Burma Government Medical School reports 1923-41
Year: 1923
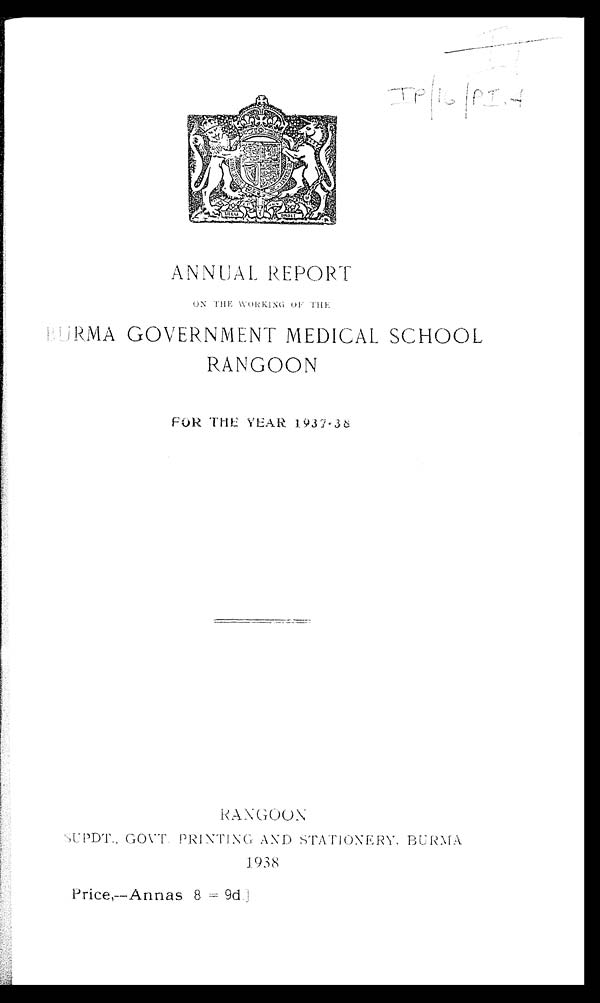
ANNUAL REPORT
ON THE WORKI NG OF THE
BURMA GOVERNMENT MEDICAL SCHOOL.
RANGOON
FOR The Year 1937-38.
R a n g o o n
SUPDT., GOVT. PRINTING ANT) STATIONERY. BURMA
1938
Priec-- Annas 8 = 9d.]